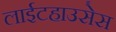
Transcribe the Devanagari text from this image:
लाईटहाउसेस